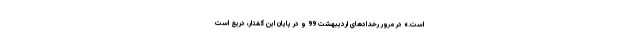
است.» در مرور رخدادهای اردیبهشت 99 و در پایان این گفتار، دریغ است